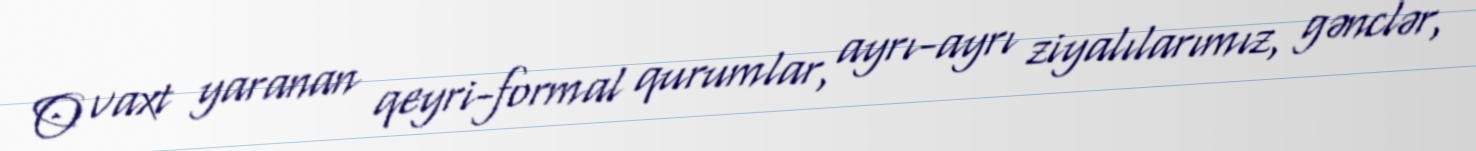
O vaxt yaranan qeyri-formal qurumlar, ayrı-ayrı ziyalılarımız, gənclər,